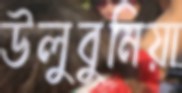
উলুবুনিয়া